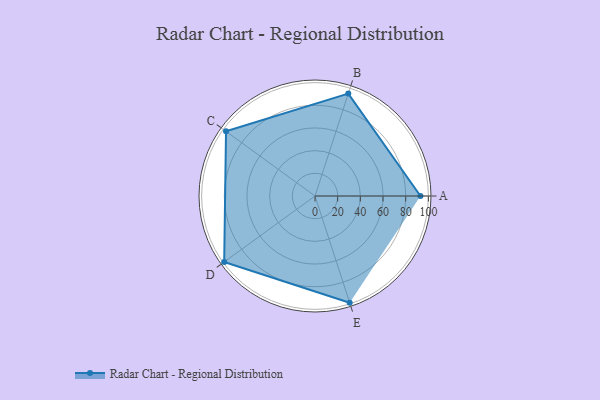
{"axis": {"x": "Skill", "y": "Score"}, "legend": ["Profile"], "data": [{"x": "A", "y": 93.0, "type": "Profile"}, {"x": "B", "y": 95.0, "type": "Profile"}, {"x": "C", "y": 97.0, "type": "Profile"}, {"x": "D", "y": 99.0, "type": "Profile"}, {"x": "E", "y": 99, "type": "Profile"}]}